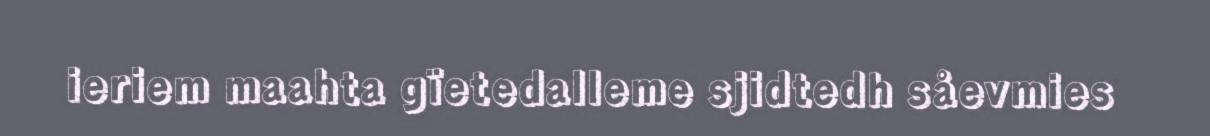
ieriem maahta gïetedalleme sjidtedh såevmies